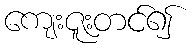
ကျေးဇူးတင်၍